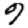
Digit: 9